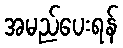
အမည်ပေးရန်